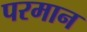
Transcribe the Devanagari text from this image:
परमान